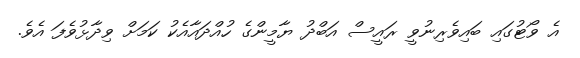
އެ ވޯޓުގައި ބައިވެރިނުވީ ރައީސް އަބްދު ޔާމީންގެ ހުއްދައާއެކު ކަމަށް ވިދާޅުވެފަ އެވެ.